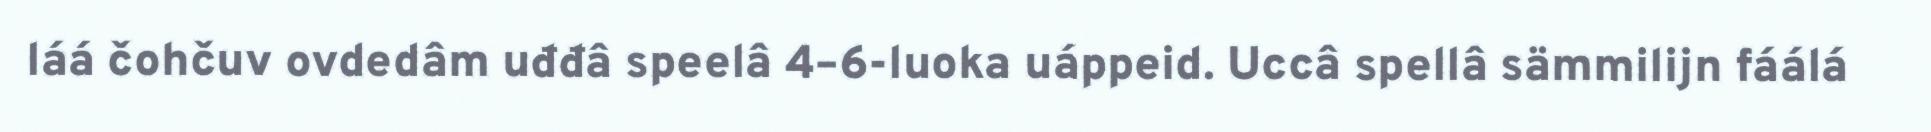
láá čohčuv ovdedâm uđđâ speelâ 4–6-luoka uáppeid. Uccâ spellâ sämmilijn fáálá